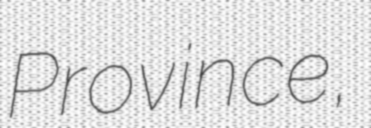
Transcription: Province,